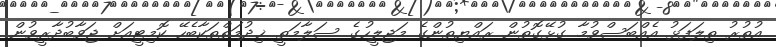
އުތުރު ތިލަފަޅު އެއްބަސްވުމާ ގުޅޭގޮތުން ރައްޔިތުންގެ މަޖިލީހުގެ ސަލާމަތީ ޚިދުމަތްތަކާބެހޭ ކޮމިޓީއަށް ޖަވާބުދާރީވުން